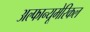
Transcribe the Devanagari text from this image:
अल्फान्यूमेरिकल